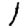
Digit: 1